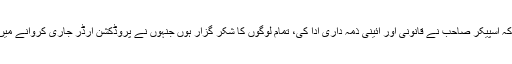
انہوں نے کہا کہ اسپیکر صاحب نے قانونی اور آئینی ذمہ داری ادا کی، تمام لوگوں کا شکر گزار ہوں جنہوں نے پروڈکشن آرڈر جاری کروانے میں کردار ادا کیا۔